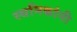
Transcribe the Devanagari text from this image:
स्थनिकांनी